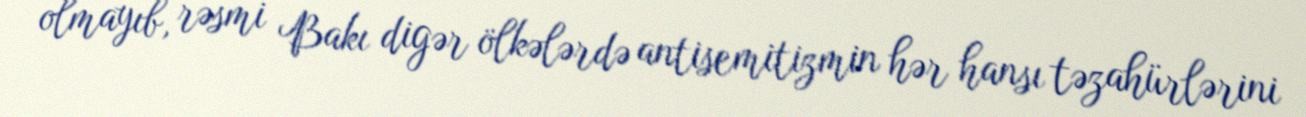
olmayıb, rəsmi Bakı digər ölkələrdə antisemitizmin hər hansı təzahürlərini